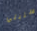
سنبني